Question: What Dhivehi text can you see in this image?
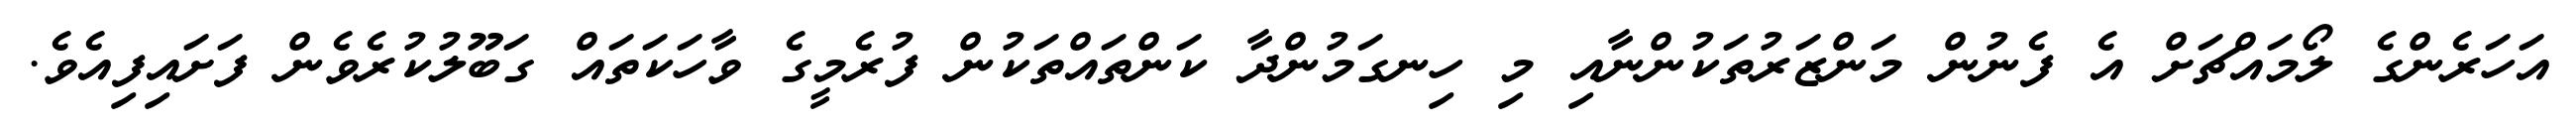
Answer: އަހަރެންގެ ލޯމައްޗަށް އެ ފެނުން މަންޒަރުތަކުންނާއި މި ހިނގަމުންދާ ކަންތައްތަކުން ފުރެމީގެ ވާހަކަތައް ގަބޫލުކުރެވެން ފަށައިފިއެވެ.